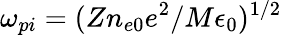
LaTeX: \omega_{pi}=(Zn_{e0}e^{2}/M\epsilon_{0})^{1/2}